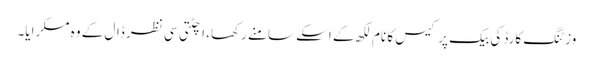
وزٹنگ کارڈ کی بیک پر کیس کا نام لکھ کے اسکے سامنے رکھا، اچٹتی سی نظر ڈال کے وہ مسکرایا۔